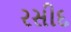
રસીદ